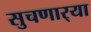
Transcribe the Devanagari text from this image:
सुचणार्‍या